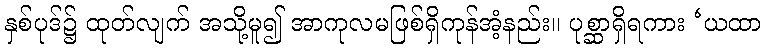
နှစ်ပုဒ်၌ ထုတ်လျက် အသို့မူ၍ အာကုလမဖြစ်ရှိကုန်အံ့နည်း။ ပုစ္ဆာရှိရကား ‘ယထာ